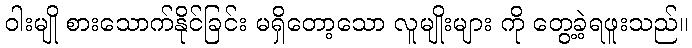
ဝါးမျို စားသောက်နိုင်ခြင်း မရှိတော့သော လူမျိုးများ ကို တွေ့ခဲ့ရဖူးသည်။